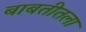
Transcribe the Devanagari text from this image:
बाबतीतला